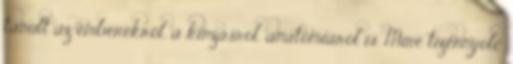
tanult az emberekről, a kínzásról, anatómiáról is. Mire tizennyolc